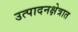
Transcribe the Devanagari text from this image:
उत्पादनक्षेत्रात